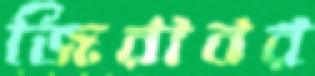
জিরাবর